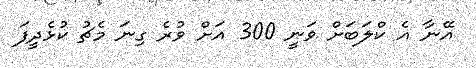
އޭނާ އެ ކްލަބަށް ވަނީ 300 އަށް ވުރެ ގިނަ މެޗު ކުޅެދީފަ